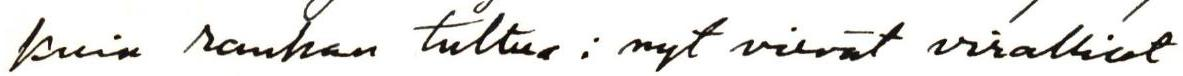
kuin rauhan tultua: nyt vievät viralliset